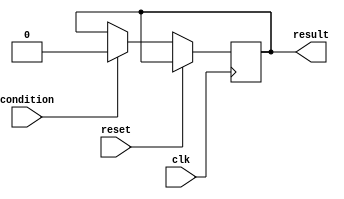
module loop_with_conditional_statements (
    input clk,
    input reset,
    input condition,
    output reg result
);

reg [7:0] counter;

always @ (posedge clk or posedge reset) begin
    if (reset) begin
        counter <= 0;
    end else begin
        if (condition) begin
            // Loop starts
            for (counter = 0; counter < 8; counter = counter + 1) begin
                // Conditional statements based on counter value
                if (counter < 4) begin
                    result <= 1;
                end else begin
                    result <= 0;
                end
            end
            // Loop ends
        end
    end
end

endmodule